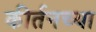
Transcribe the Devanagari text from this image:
कीर्तनच्या